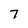
Character: T